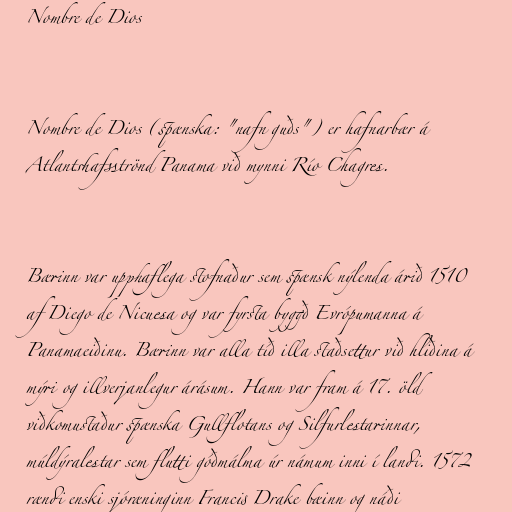
Nombre de Dios

Nombre de Dios (spænska: "nafn guðs") er hafnarbær á
Atlantshafsströnd Panama við mynni Río Chagres.

Bærinn var upphaflega stofnaður sem spænsk nýlenda árið 1510
af Diego de Nicuesa og var fyrsta byggð Evrópumanna á
Panamaeiðinu. Bærinn var alla tíð illa staðsettur við hliðina á
mýri og illverjanlegur árásum. Hann var fram á 17. öld
viðkomustaður spænska Gullflotans og Silfurlestarinnar,
múldýralestar sem flutti góðmálma úr námum inni í landi. 1572
rændi enski sjóræninginn Francis Drake bæinn og náði